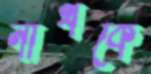
নাথকে